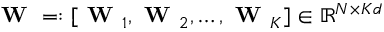
\textbf { W } = : \left[ \textbf { W } _ { 1 } , \textbf { W } _ { 2 } , \dots , \textbf { W } _ { K } \right] \in \mathbb { R } ^ { N \times K d }